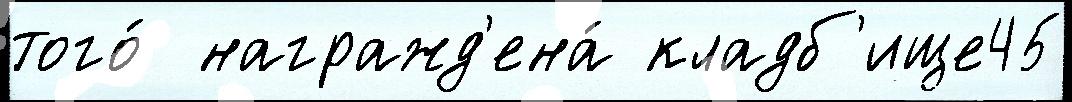
того́  награжд'ена́ кладб'ище45